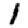
Digit: 1